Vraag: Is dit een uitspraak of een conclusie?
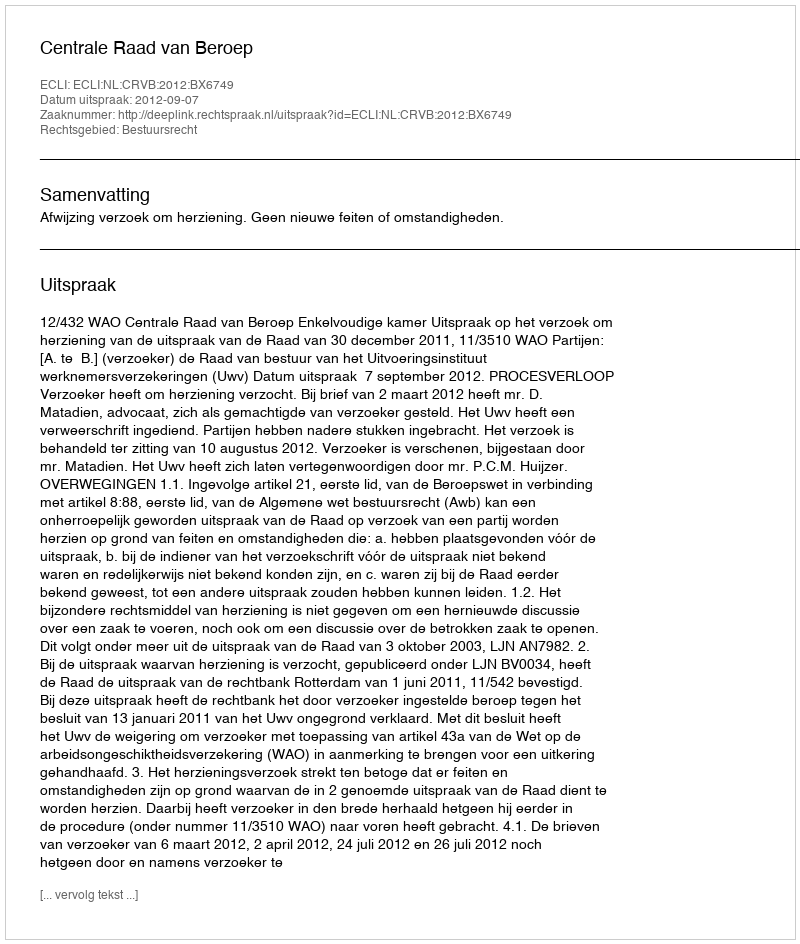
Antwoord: Uitspraak